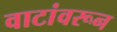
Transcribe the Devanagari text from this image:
वाटांवरून